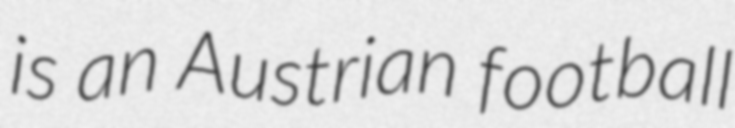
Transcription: is an Austrian football